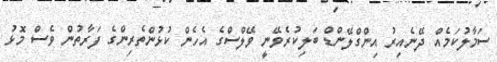
ސަމާލުކަމެއް ދޭނެއިރު އިންގްލޭންޑް ބަލިކުރެވޭނީ ވޭލްސްގެ އެހެން ކުޅުންތެރިންގެ ފަރާތުން ވެސް މޮޅު